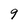
Character: 9